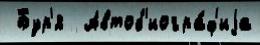
 Бур'я  Автоб'иогра́ф'иjа